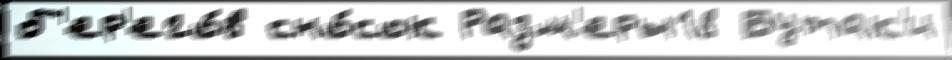
б'ер'его́в сно́сок Разм'еры18 Бутак'и